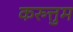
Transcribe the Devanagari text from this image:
करुत्तुम